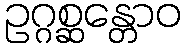
ဥဂ္ဂစ္ဆန္တောဝ